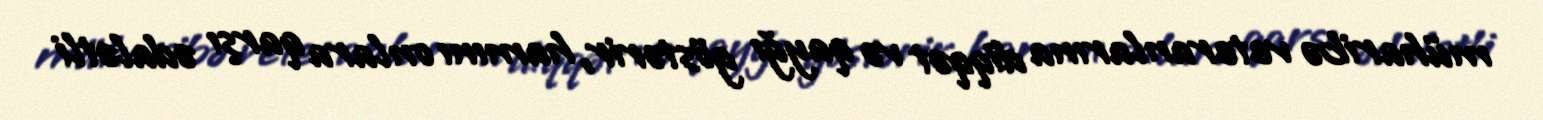
müharibə veteranlarına diqqət və qayğı göstərir, hamını onlara qarşı ədalətli